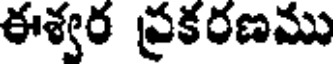
ఈశ్వర ప్రకరణము